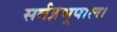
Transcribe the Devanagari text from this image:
सर्वज्ञभूपाल।